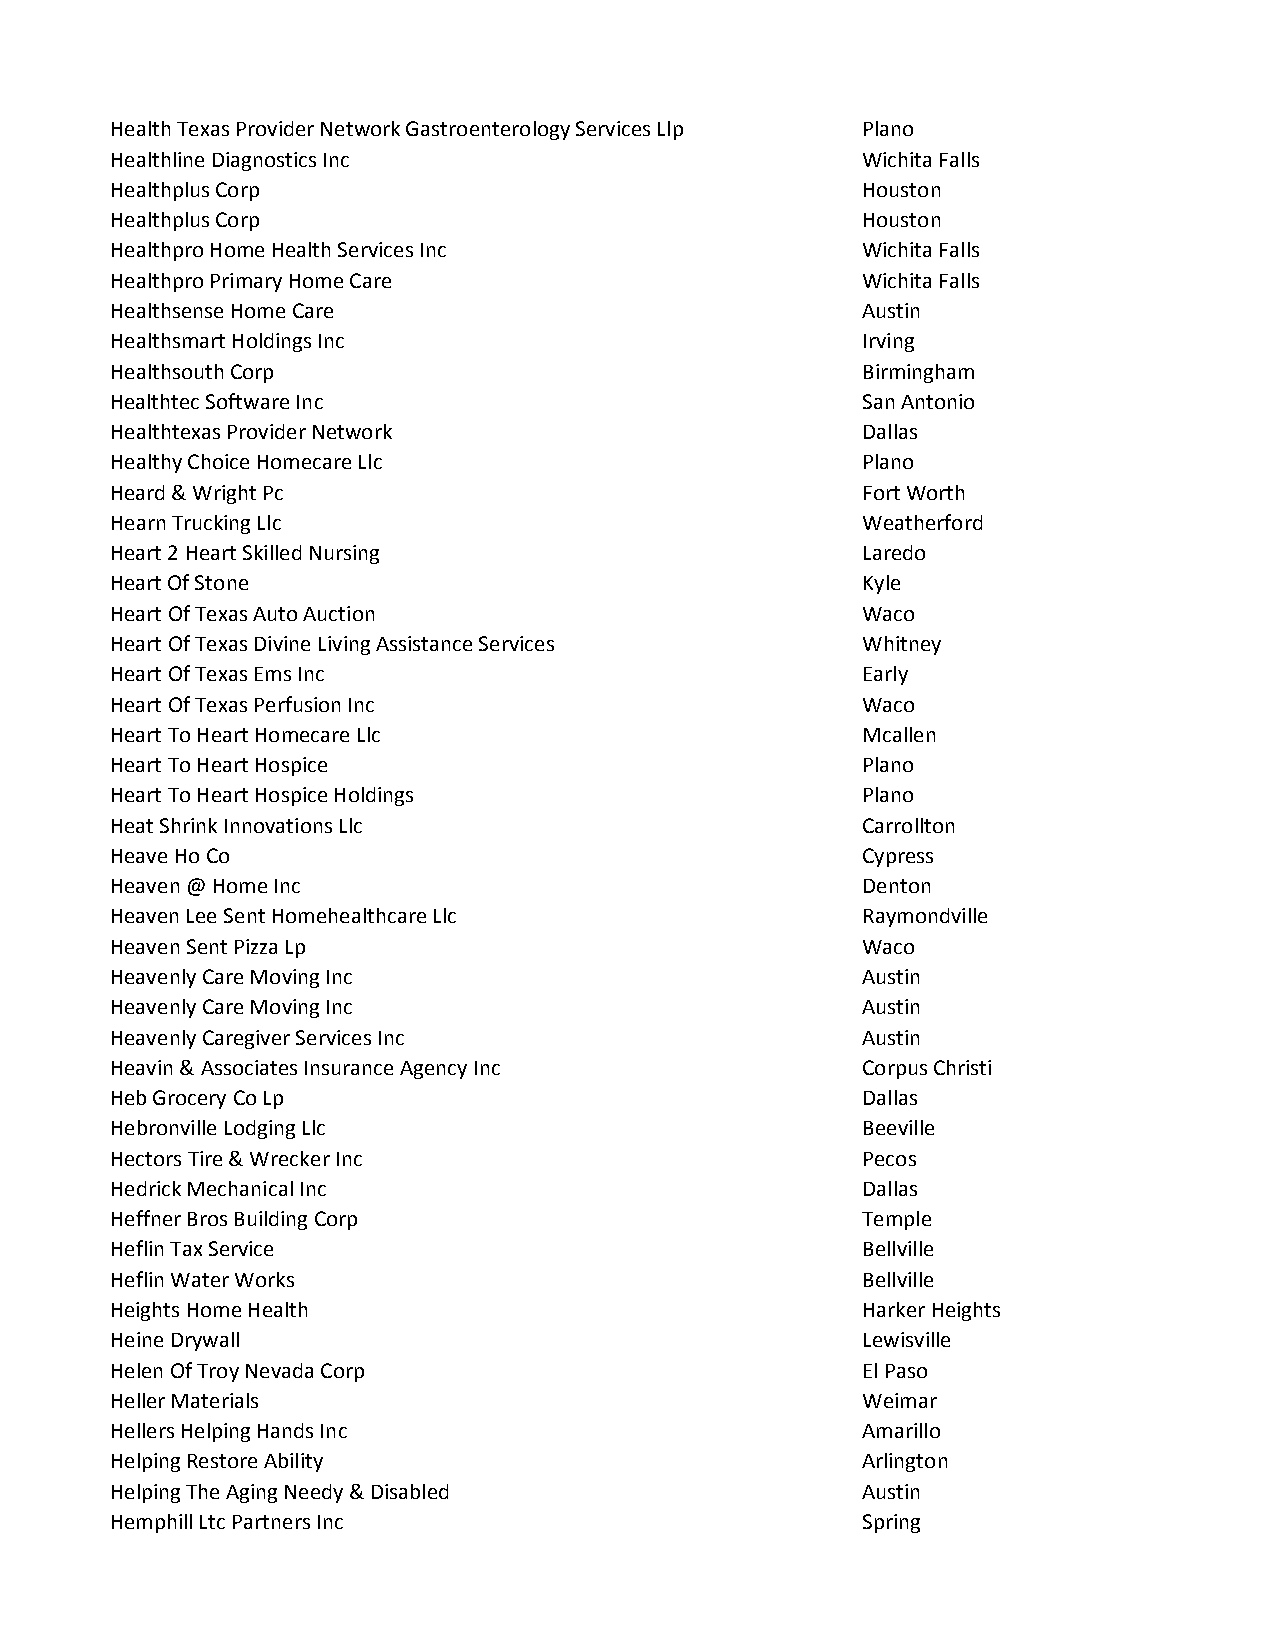
Health Texas Provider Network Gastroenterology Services Llp Plano
 Healthline Diagnostics Inc                        Wichita Falls
 Healthplus Corp                                   Houston
 Healthplus Corp                                   Houston
 Healthpro Home Health Services Inc                Wichita Falls
 Healthpro Primary Home Care                       Wichita Falls
 Healthsense Home Care                             Austin
 Healthsmart Holdings Inc                          Irving
 Healthsouth Corp                                  Birmingham
 Healthtec Software Inc                            San Antonio
 Healthtexas Provider Network                      Dallas
 Healthy Choice Homecare Llc                       Plano
 Heard & Wright Pc                                 Fort Worth
 Hearn Trucking Llc                                Weatherford
 Heart 2 Heart Skilled Nursing                     Laredo
 Heart Of Stone                                    Kyle
 Heart Of Texas Auto Auction                       Waco
 Heart Of Texas Divine Living Assistance Services  Whitney
 Heart Of Texas Ems Inc                            Early
 Heart Of Texas Perfusion Inc                      Waco
 Heart To Heart Homecare Llc                       Mcallen
 Heart To Heart Hospice                            Plano
 Heart To Heart Hospice Holdings                   Plano
 Heat Shrink Innovations Llc                       Carrollton
 Heave Ho Co                                       Cypress
 Heaven @ Home Inc                                 Denton
 Heaven Lee Sent Homehealthcare Llc                Raymondville
 Heaven Sent Pizza Lp                              Waco
 Heavenly Care Moving Inc                          Austin
 Heavenly Care Moving Inc                          Austin
 Heavenly Caregiver Services Inc                   Austin
 Heavin & Associates Insurance Agency Inc          Corpus Christi
 Heb Grocery Co Lp                                 Dallas
 Hebronville Lodging Llc                           Beeville
 Hectors Tire & Wrecker Inc                        Pecos
 Hedrick Mechanical Inc                            Dallas
 Heffner Bros Building Corp                        Temple
 Heflin Tax Service                                Bellville
 Heflin Water Works                                Bellville
 Heights Home Health                               Harker Heights
 Heine Drywall                                     Lewisville
 Helen Of Troy Nevada Corp                         El Paso
 Heller Materials                                  Weimar
 Hellers Helping Hands Inc                         Amarillo
 Helping Restore Ability                           Arlington
 Helping The Aging Needy & Disabled                Austin
 Hemphill Ltc Partners Inc                         Spring